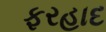
ફરહાદ